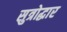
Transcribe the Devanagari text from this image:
सुत्रोद्धार